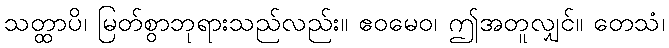
သတ္ထာပိ၊ မြတ်စွာဘုရားသည်လည်း။ ဧဝမေဝ၊ ဤအတူလျှင်။ တေသံ၊